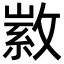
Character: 𢾰